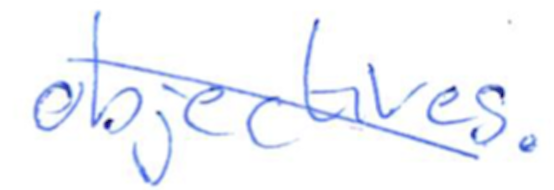
Text: objectives.
Cross-out: diagonal
Writing tool: ballpoint